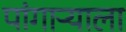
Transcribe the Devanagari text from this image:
पांगाऱ्याला